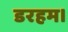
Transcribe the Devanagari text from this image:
डरहम।